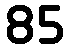
85